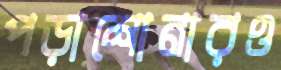
পড়াশোনারও